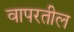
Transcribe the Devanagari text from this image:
वापरतील